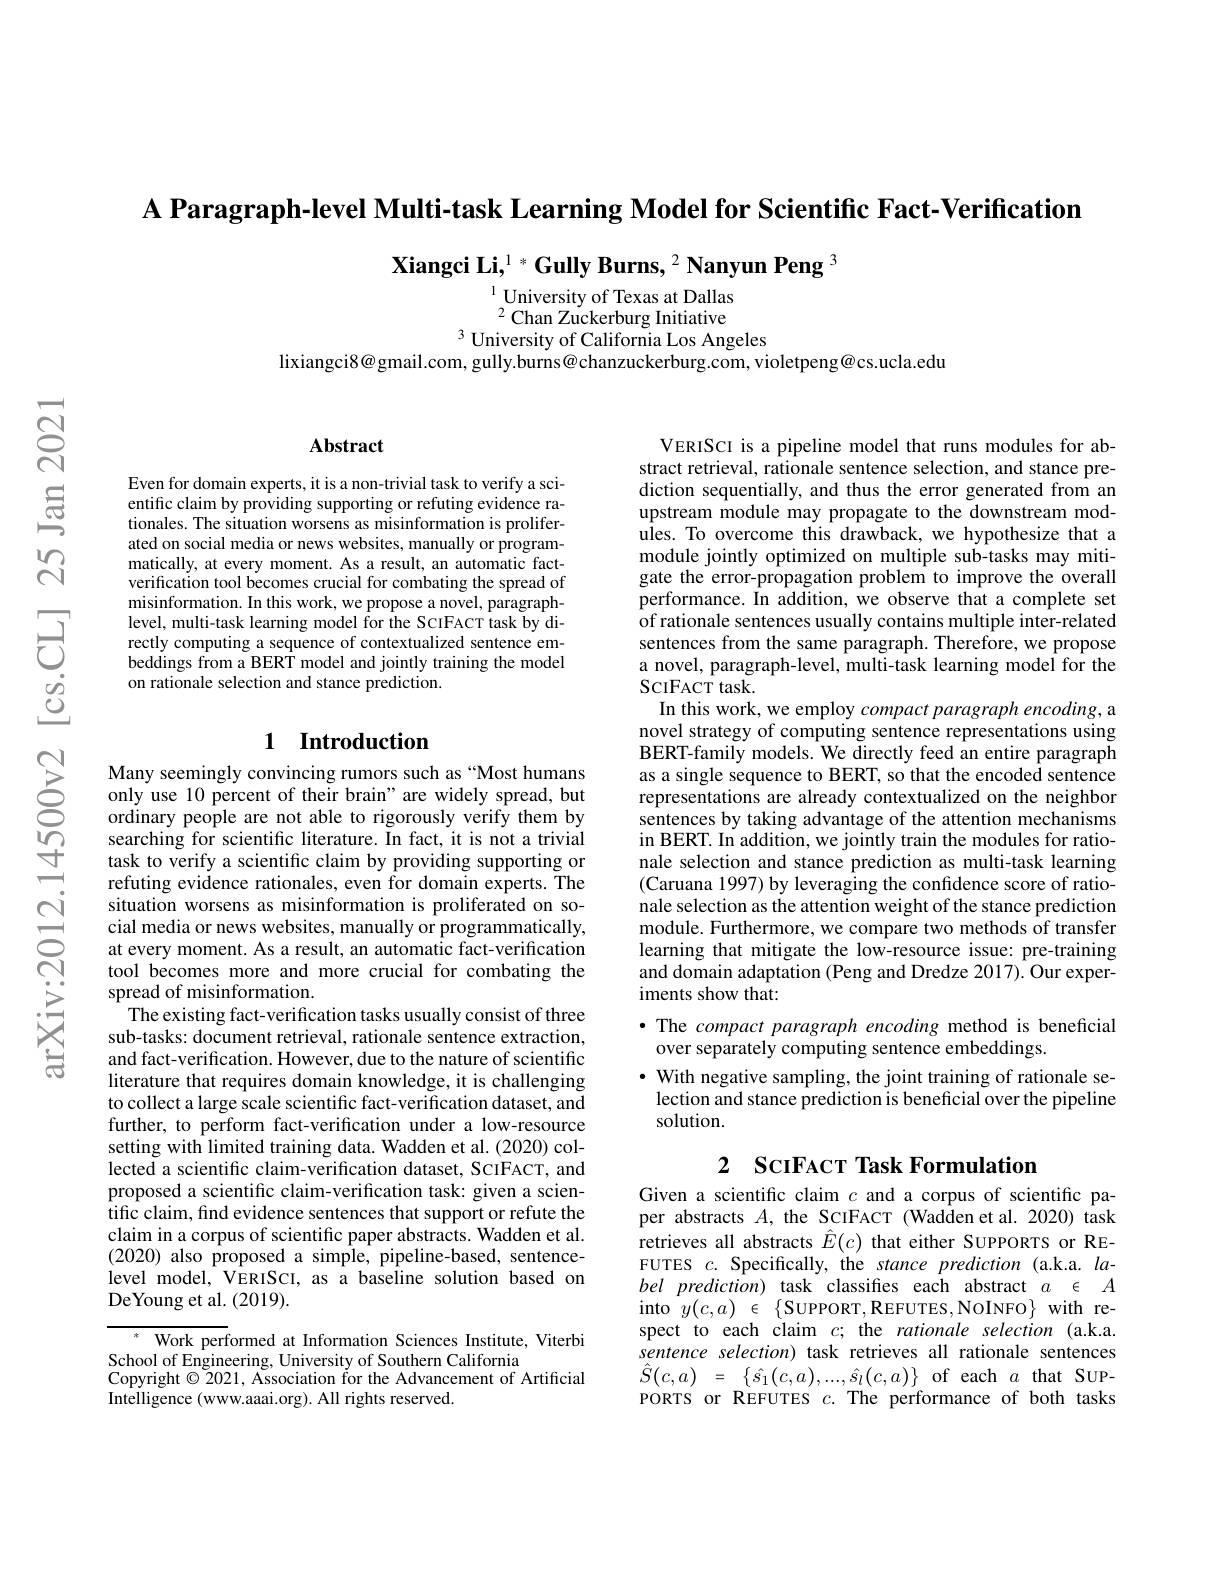
A Paragraph-level Multi-task Learning Model for Scientific Fact-Verification

$\textbf{Xiangci Li,}^{1*}\textbf{Gully Burns,}^{2}\textbf{Nanyun Peng }^{3}$

$^{1}$University of Texas at Dallas $^{2}$Chan Zuckerburg Initiative
$^{3}$ University of California Los Angeles

lixiangci8@gmail.com, gully.burns@chanzuckerburg.com, violetpeng@cs.ucla.edu

### $\mathbf{Abstract}$

Even for domain experts, it is a non-trivial task to verify a scientific claim by providing supporting or refuting evidence rationales. The situation worsens as misinformation is proliferated on social media or news websites, manually or programmatically, at every moment. As a result, an automatic factverification tool becomes crucial for combating the spread of misinformation. In this work, we propose a novel, paragraphlevel, multi-task learning model for the ScIFACT task by directly computing a sequence of contextualized sentence embeddings from a BERT model and jointly training the model on rationale selection and stance prediction.

## 1 Introduction

Many seemingly convincing rumors such as“Most humans only use 10 percent of their brain" are widely spread, but ordinary people are not able to rigorously verify them by searching for scientific literature. In fact, it is not a trivial task to verify a scientific claim by providing supporting or refuting evidence rationales, even for domain experts. The situation worsens as misinformation is proliferated on social media or news websites, manually or programmatically, at every moment. As a result, an automatic fact-verification tool becomes more and more crucial for combating the spread of misinformation.
The existing fact-verification tasks usually consist of three sub-tasks: document retrieval, rationale sentence extraction, and fact-verification. However, due to the nature of scientific literature that requires domain knowledge, it is challenging to collect a large scale scientific fact-verification dataset, and further, to perform fact-verification under a low-resource setting with limited training data. Wadden et al. (2020) collected a scientific claim-verification dataset, SCIFACT, and proposed a scientific claim-verification task: given a scientific claim, find evidence sentences that support or refute the claim in a corpus of scientific paper abstracts. Wadden et al. (2020) also proposed a simple, pipeline-based, sentencelevel model, VERISCI, as a baseline solution based on DeYoung et al. (2019).

$^*$ Work performed at Information Sciences Institute, Viterbi
School of Engineering, University of Southern California
Copyright $\odot2021$, Association for the Advancement of Artificial
Intelligence (www.aaai.org). All rights reserved

VERISCI is a pipeline model that runs modules for abstract retrieval, rationale sentence selection, and stance prediction sequentially, and thus the error generated from an upstream module may propagate to the downstream modules. To overcome this drawback, we hypothesize that a module jointly optimized on multiple sub-tasks may mitigate the error-propagation problem to improve the overall performance. In addition, we observe that a complete set of rationale sentences usually contains multiple inter-related sentences from the same paragraph. Therefore, we propose a novel, paragraph-level, multi-task learning model for the SCIFACT task.
In this work, we employ compact paragraph encoding, a novel strategy of computing sentence representations using BERT-family models. We directly feed an entire paragraph as a single sequence to BERT, so that the encoded sentence representations are already contextualized on the neighbor sentences by taking advantage of the attention mechanisms in BERT. In addition, we jointly train the modules for rationale selection and stance prediction as multi-task learning (Caruana 1997) by leveraging the confidence score of rationale selection as the attention weight of the stance prediction module. Furthermore, we compare two methods of transfer learning that mitigate the low-resource issue: pre-training and domain adaptation (Peng and Dredze 2017). Our experiments show that:
·The compact paragraph encoding method is beneficial
over separately computing sentence embeddings.
· With negative sampling, the joint training of rationale selection and stance prediction is beneficial over the pipeline solution.

## 2 ScıFAcr Task Formulation

Given a scientific claim $c$ and a corpus of scientific paper abstracts $A$, the SCIFACT (Wadden et al.2020) task retrieves all abstracts $\hat{E}(c)$ that either SUPPORTS or REFUTES $c.$ Specifically, the stance prediction (a.k.a. label prediction) task classifies each abstract $a$ $\in$ $A$ into$y(c,a)\in\{$SUPPORT,REFUTES,NOINFO$\}$withrespect to each claim $c;$ the rationale selection (a.k.a. sentence selection) task retrieves all rationale sentences $\hat{S}(c,a)~=~\underline{{\{}\hat{s}_{1}(c,a),...,\hat{s}_{l}(c,a)\}}~$of each $a~$that SUPPORTS or REFUTES $c.$ The performance of both tasks